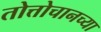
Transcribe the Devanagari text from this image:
तोत्तोचानच्या